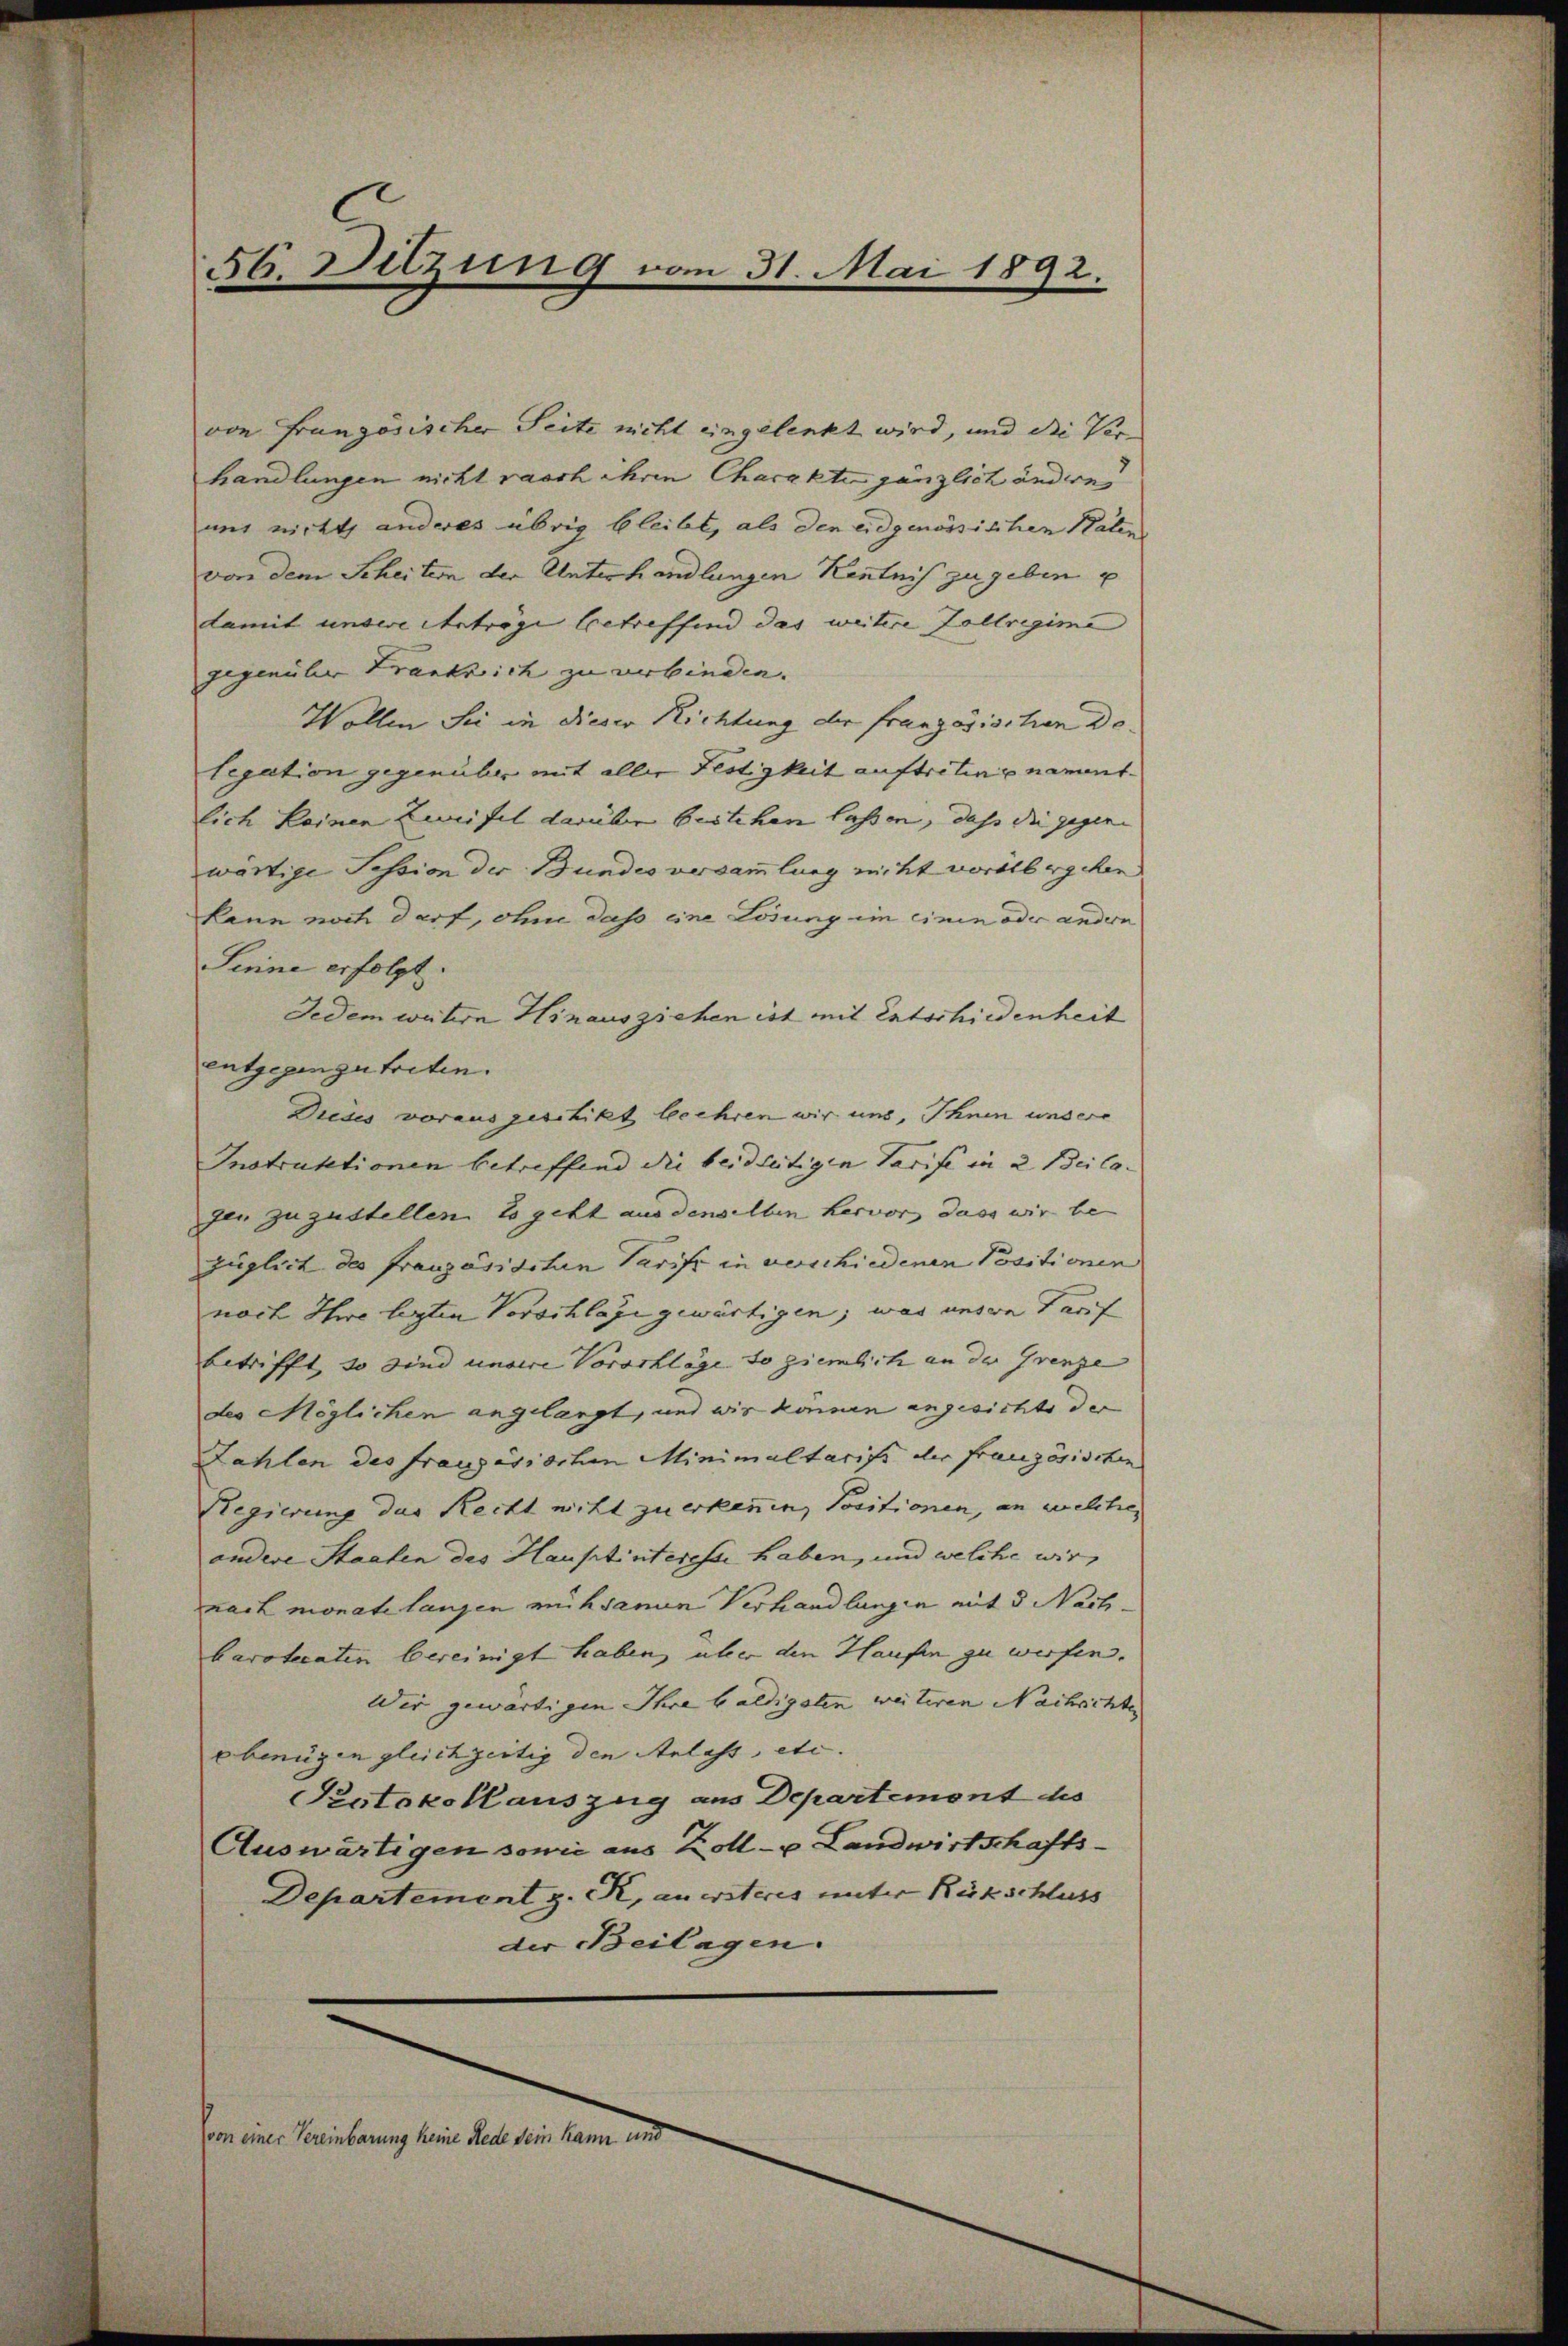
56. Sitzung vom 31. Mai 1892.

von Französischer Seite nicht eingelenkt wird, und die Ver-
handlungen nicht rasch ihren Charakte gänzlich andern
mit nicht anderes übrig bleibt, als den eidgenössischen Paten
von dem Scheitern der Unterhandlungen Kenntnis zu geben u
damit unsere Anträge betreffend das weitere Zollregime
gegenüber Frankreich zu verbinden.
Wollen Sie in dieser Richtung der französischen Delegation gegenüber mit aller Festigkeit auftretung nament.
lich keinen Leifel darüber bestehen lassen, daß die gegen- |
wärtige Session der Bundes versammlung nicht voralbergehen
kann noch darf, ohne das eine Lösung im einen oder andern
Seine erfolgt.
Jedem wahre Hinausziehen ist mit Entschiedenheit
entgegenzutreten.
Diedes vorausgeschikt beehren wir uns, Ihnen unsere
Instruktionen betreffend die beidseitigen Tarife in 2 Beila
gen zuzustellen. Es geht aus denselben hervor, dass wir be-
züglich des französischen Parist in verschiedenen Positionen
noch Ihre legten Vorschlage gewärtigen; was unsre Tarif
betrifft, so sind unsere Vorschläge so ziemlich an der Grenze
des Möglichen angelangt, und wir können angesichte der
Zahlen des französischen Minimaltarift der französischen
Regierung des Recht nicht zuerkennen, Positionen, an welche
andere Staaten des Hauptinteresse haben, und welche wir,
nach monate langen mühsamen Verhandlungen mit 3 Nach-
barotecaten bereinigt haben, über den Haufen zu werfen.
Dir gewärtigen Ihre baldigsten weiteren Nachrichten
e benügen gleichzeitig den Anlass, etc.
Protokollauszug aus Departemont des
Auswärtigen sowie aus Zoll- u Landwirtschafts-
Departement z. R. an ersteres unter Rückschluss
der Beilagen.
von einer Vereinbarung keine Rede sein kann und